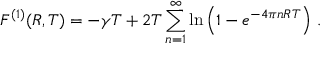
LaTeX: F ^ { ( 1 ) } ( R , T ) = - \gamma T + 2 T \sum _ { n = 1 } ^ { \infty } \ln \left( 1 - e ^ { - 4 \pi n R T } \right) \, { . }